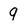
Character: 9